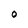
Character: o